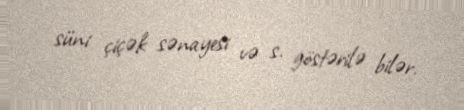
süni çiçək sənayesi və s. göstərilə bilər.